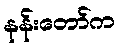
နန်းတော်က